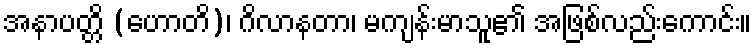
အနာပတ္တိ (ဟောတိ)၊ ဂိလာနတာ၊ မကျန်းမာသူ၏ အဖြစ်လည်းကောင်း။